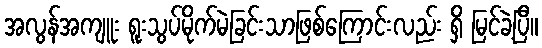
အလွန်အကျူး ရူးသွပ်မိုက်မဲခြင်းသာဖြစ်ကြောင်းလည်း ရှိ မြင်ခဲ့ပြီ။